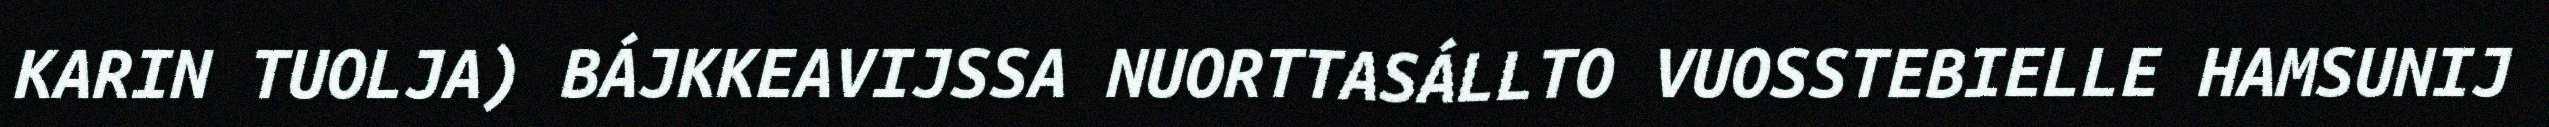
KARIN TUOLJA) BÁJKKEAVIJSSA NUORTTASÁLLTO VUOSSTEBIELLE HAMSUNIJ